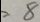
= 8